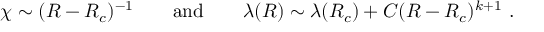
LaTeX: \chi \sim ( R - R _ { c } ) ^ { - 1 } \qquad \mathrm { a n d } \qquad \lambda ( R ) \sim \lambda ( R _ { c } ) + C ( R - R _ { c } ) ^ { k + 1 } \ .